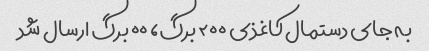
به جای دستمال کاغذی ٢٠٠ برگ، ٠٠ برگ ارسال شد